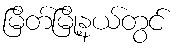
မြိတ်မြို့နယ်တွင်